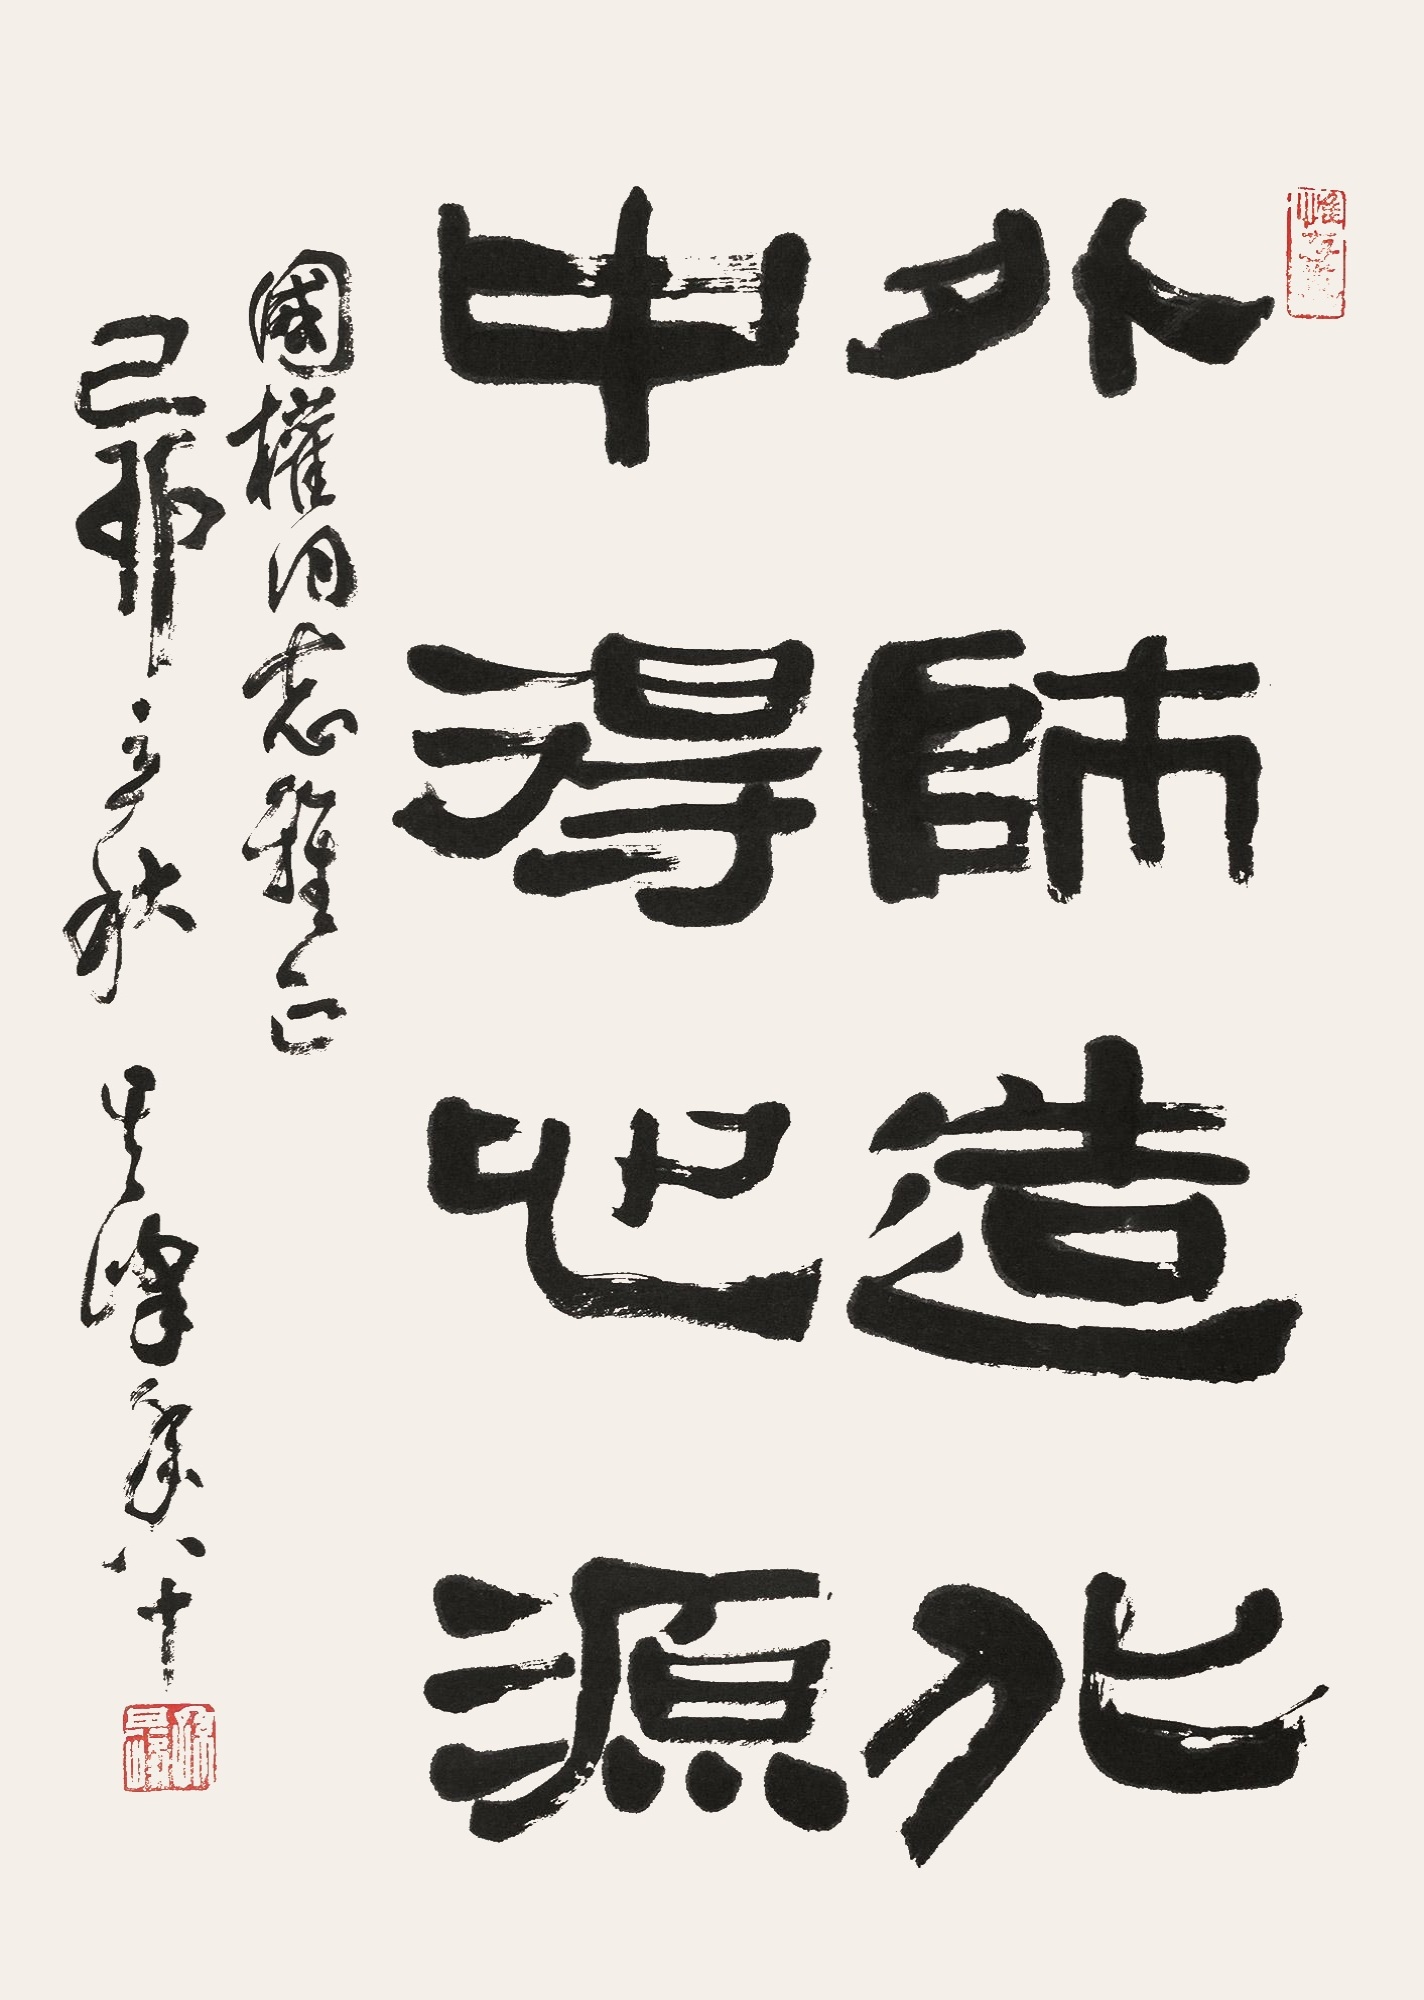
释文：外师造化，中得心源。国权同志雅正，己卯立秋，其峰年八十。